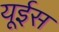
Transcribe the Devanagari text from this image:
यूईस